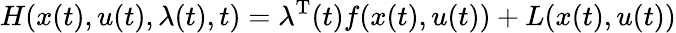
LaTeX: H(x(t),u(t),\lambda(t),t)=\lambda^{\mathrm{{T}}}(t)f(x(t),u(t))+L(x(t),u(t))